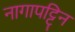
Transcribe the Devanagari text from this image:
नागापट्टिन